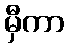
မှီကာ